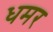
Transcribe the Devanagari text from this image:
धमर